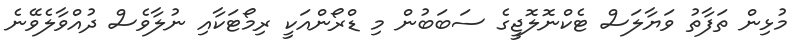
މުޅިން ތަފާތު ވަޔާލަސް ޓެކްނޮލޮޖީގެ ސަބަބުން މި ޑްރޯންއަކީ ރިމޯޓަކާއި ނުލާވެސް ދުއްވާލެވޭނެ